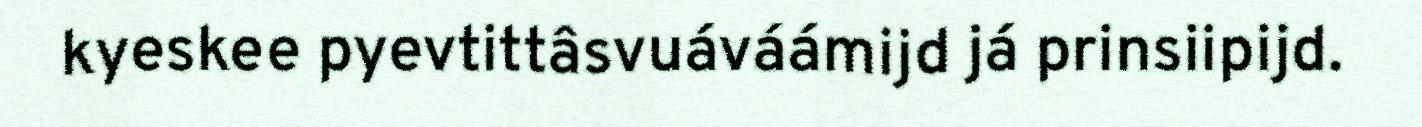
kyeskee pyevtittâsvuáváámijd já prinsiipijd.